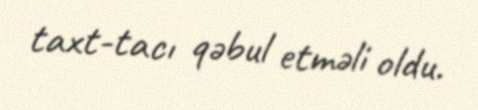
taxt-tacı qəbul etməli oldu.